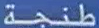
طنجة